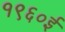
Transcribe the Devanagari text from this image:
१९६०ई